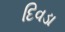
દિવડા